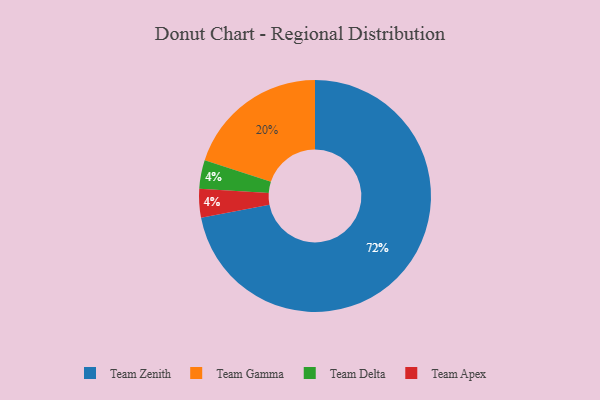
{"axis": {"x": "Category", "y": "Percentage"}, "legend": ["Team Apex", "Team Delta", "Team Gamma", "Team Zenith"], "data": [{"x": "Team Zenith", "y": 72, "type": "Team Zenith"}, {"x": "Team Delta", "y": 4, "type": "Team Delta"}, {"x": "Team Apex", "y": 4, "type": "Team Apex"}, {"x": "Team Gamma", "y": 20, "type": "Team Gamma"}]}